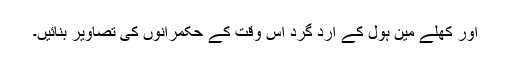
اور کھلے مین ہول کے ارد گرد اس وقت کے حکمرانوں کی تصاویر بنائیں۔